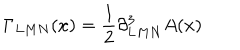
\Gamma _ { L M N } ( x ) = { \frac { 1 } { 2 } } \partial _ { L M N } ^ { 3 } A ( x )